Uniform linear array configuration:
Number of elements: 16
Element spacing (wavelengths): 1
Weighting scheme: cosine
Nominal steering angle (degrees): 15
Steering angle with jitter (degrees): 13.715
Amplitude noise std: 0.05
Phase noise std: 0.05

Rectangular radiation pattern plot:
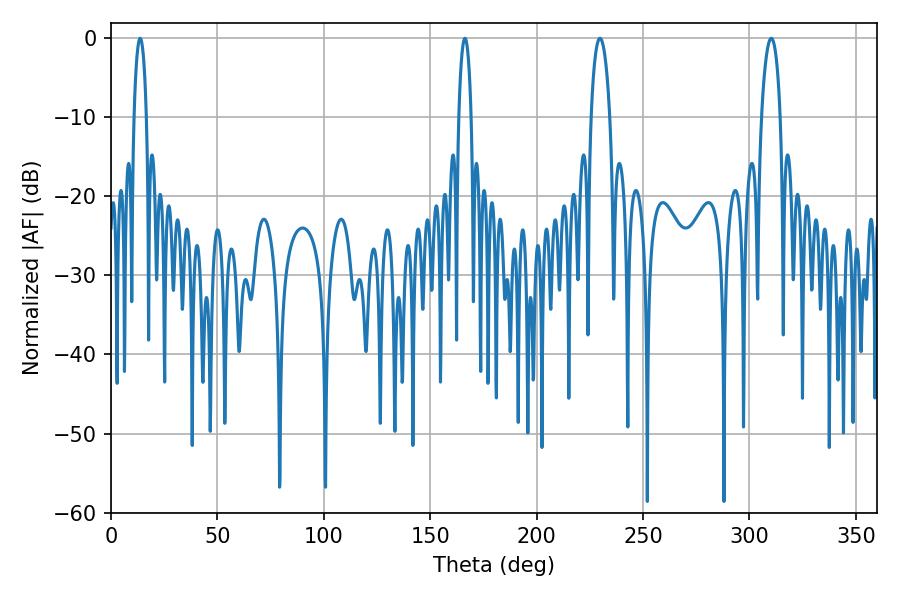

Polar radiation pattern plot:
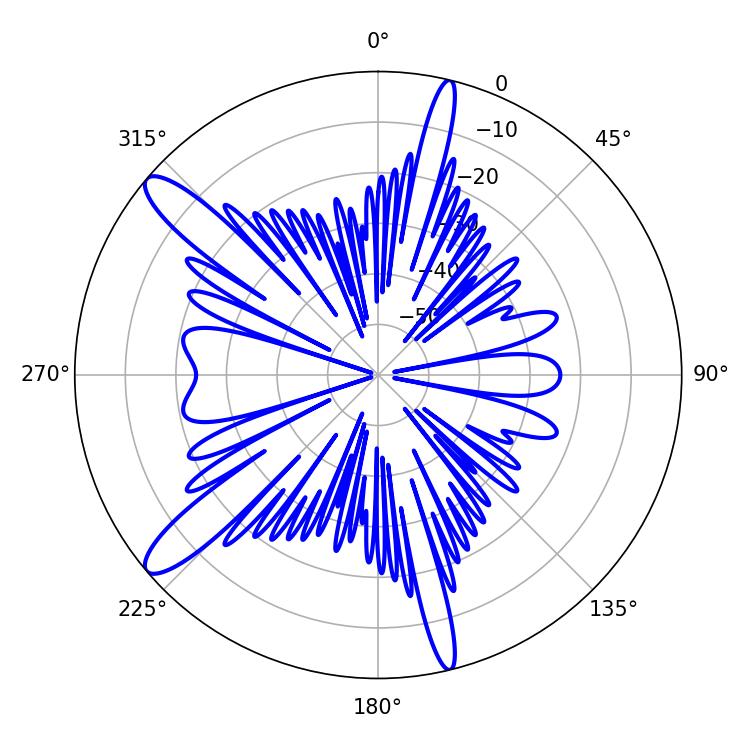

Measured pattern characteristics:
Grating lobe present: TRUE
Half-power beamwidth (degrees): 3.24
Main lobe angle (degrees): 13.68